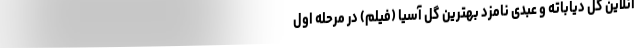
آنلاین گل دیاباته و عبدی نامزد بهترین گل آسیا (فیلم) در مرحله اول